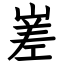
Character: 嵳